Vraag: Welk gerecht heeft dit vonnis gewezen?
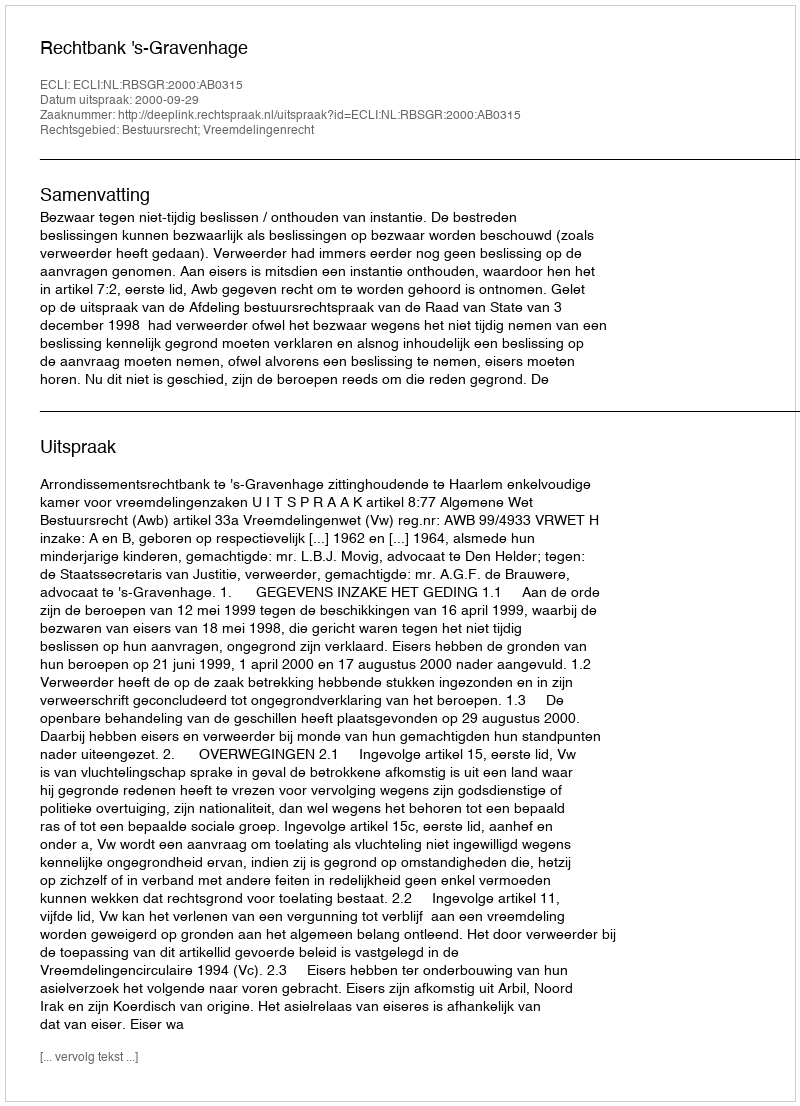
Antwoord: Rechtbank 's-Gravenhage